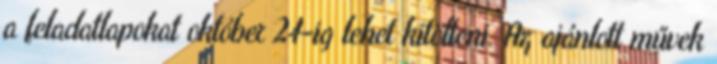
a feladatlapokat október 24-ig lehet kitölteni. Az ajánlott művek